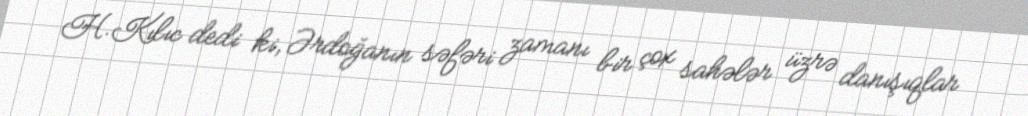
H.Kılıc dedi ki, Ərdoğanın səfəri zamanı bir çox sahələr üzrə danışıqlar